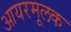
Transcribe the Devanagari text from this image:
आयरमूलक